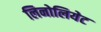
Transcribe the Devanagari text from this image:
लिनोलियेट